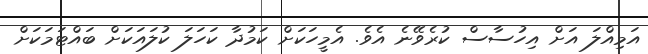
އަމިއްލަ އަށް އިހުސާސް ކުރެވޭނެ އެވެ. އެމީހަކަށް ކަމުދާ ކަހަލަ ކުލައަކަށް ބައްޓަމަކަށް